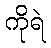
ကိုရဲ